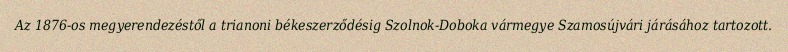
Az 1876-os megyerendezéstől a trianoni békeszerződésig Szolnok-Doboka vármegye Szamosújvári járásához tartozott.